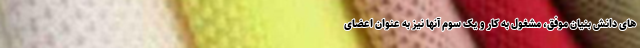
های دانش بنیان موفق، مشغول به کار و یک سوم آنها نیز به عنوان اعضای